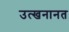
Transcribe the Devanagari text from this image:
उत्खनानत